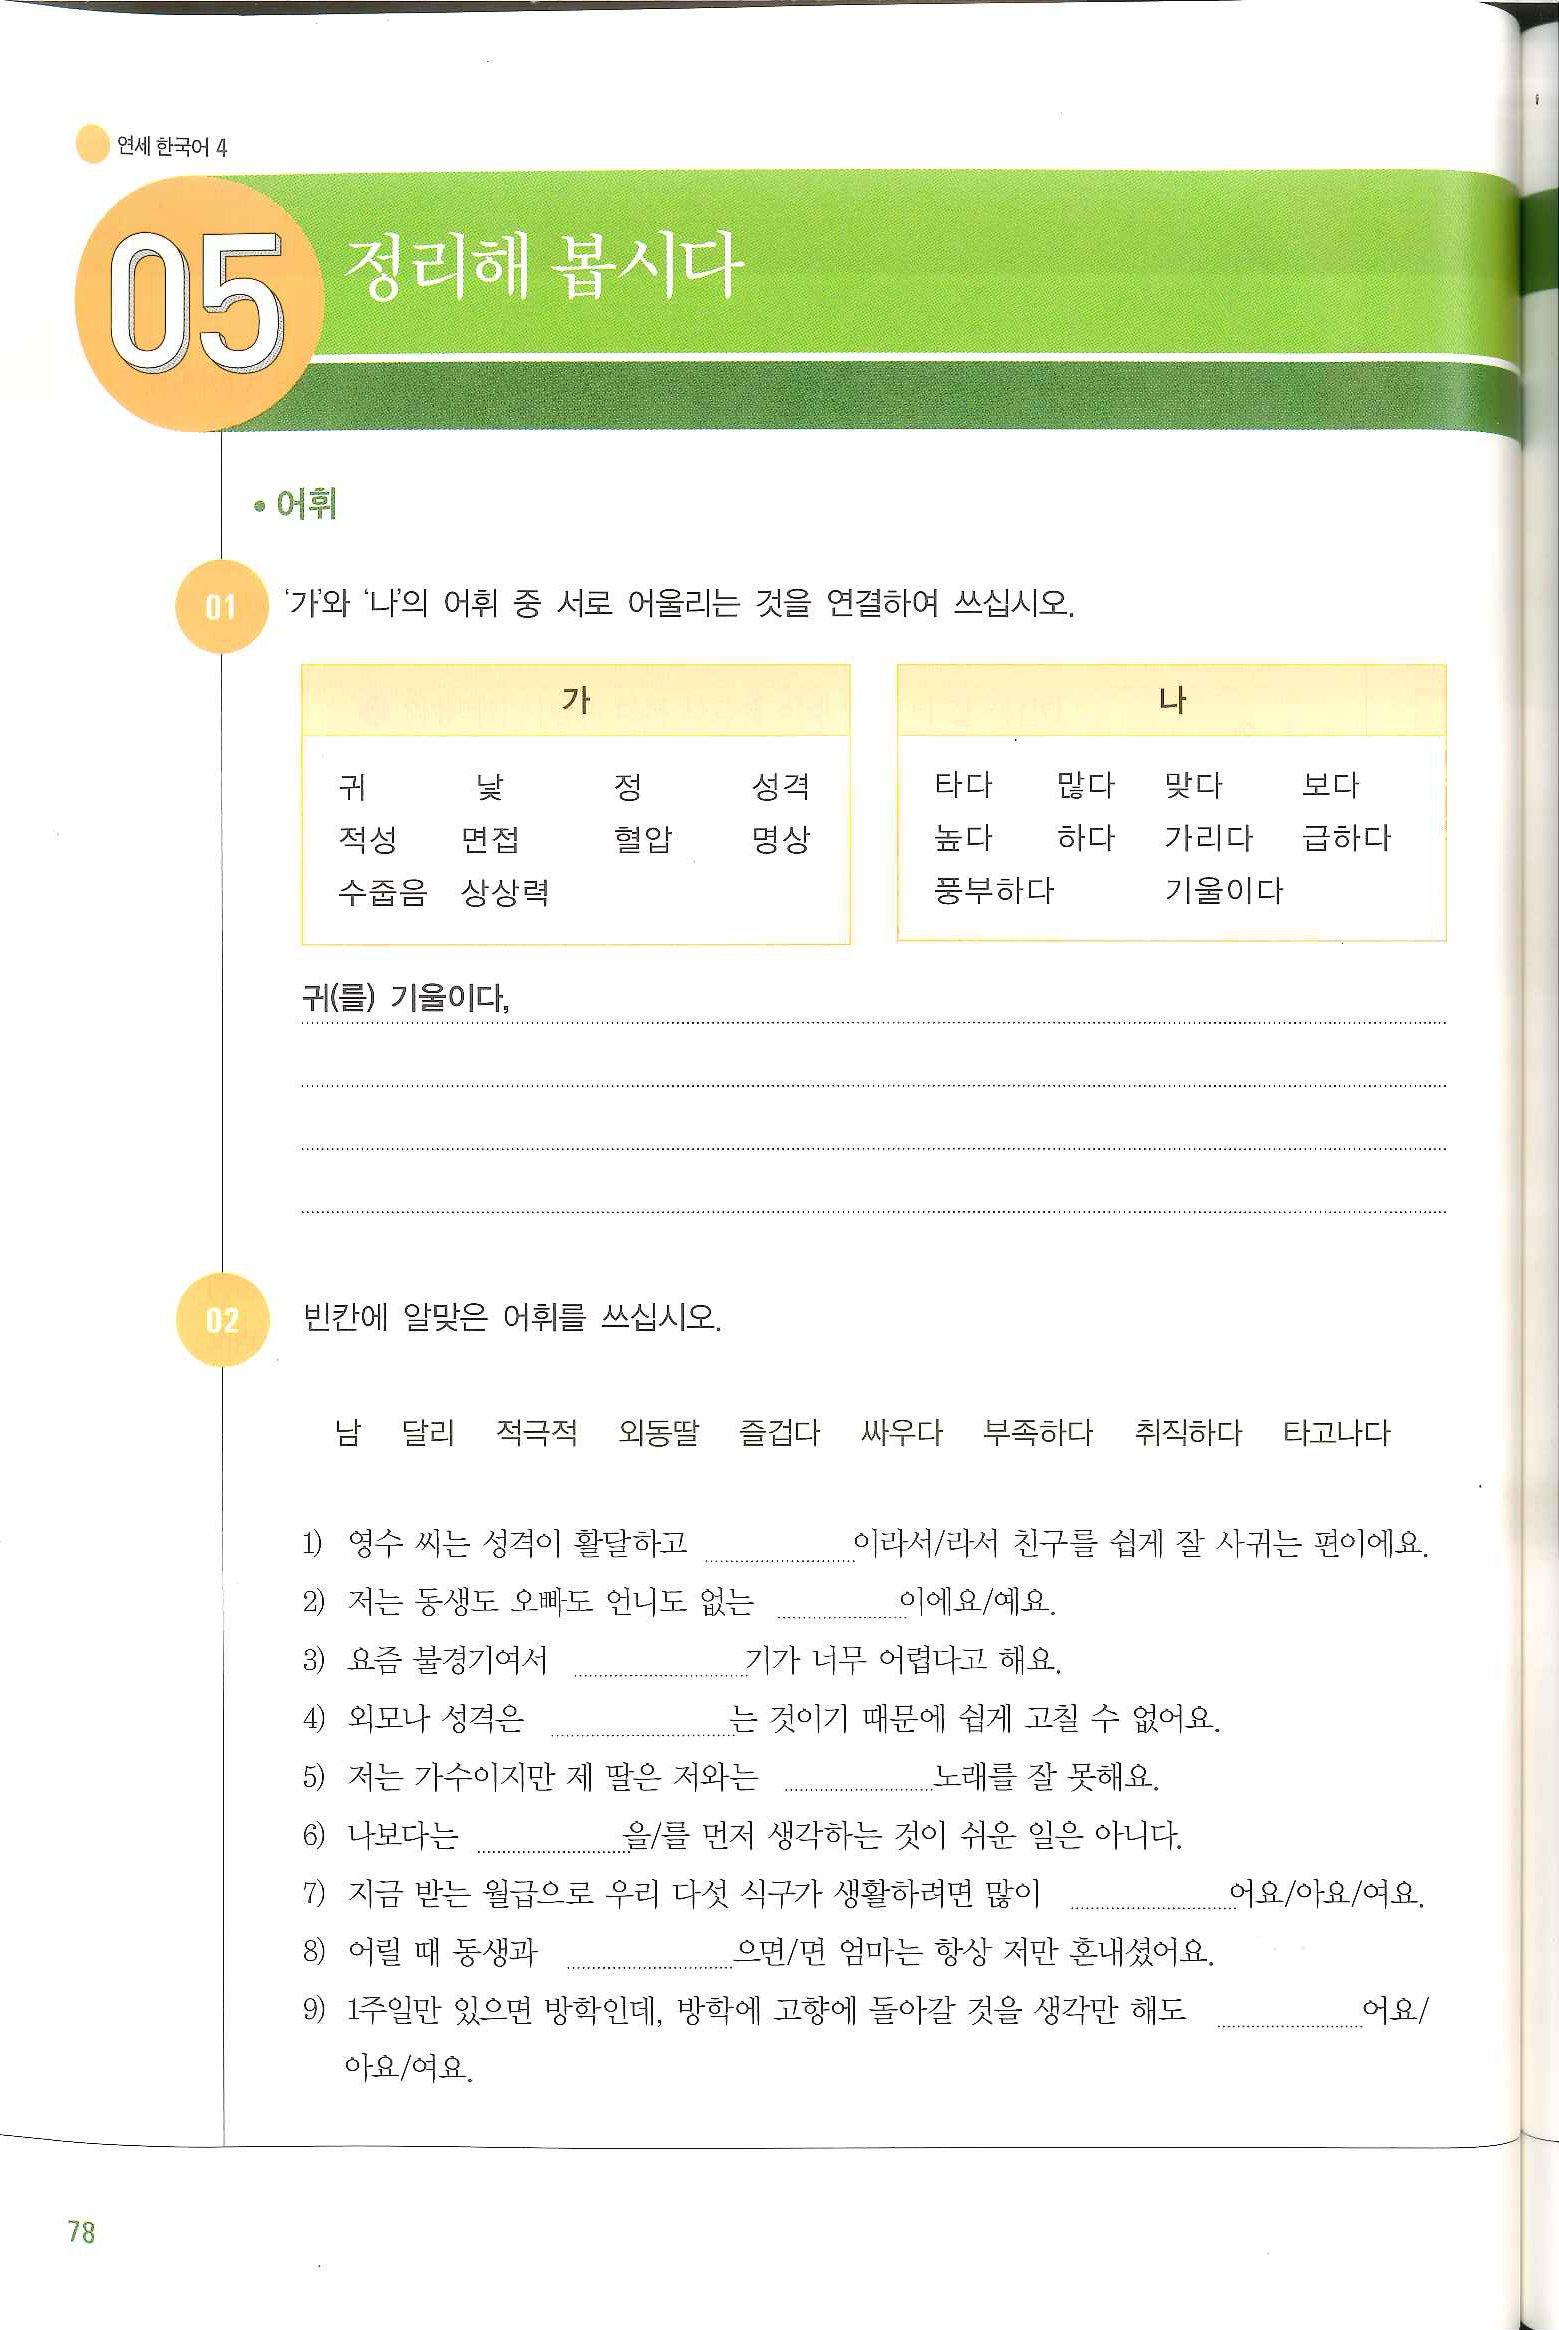
Language: ko